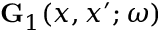
\ensuremath { \mathbf { G } } _ { 1 } ( x , x ^ { \prime } ; \omega )